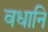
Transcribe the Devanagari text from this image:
वधानि